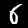
Label: 6